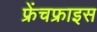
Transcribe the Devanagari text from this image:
फ्रेंचफ्राइस